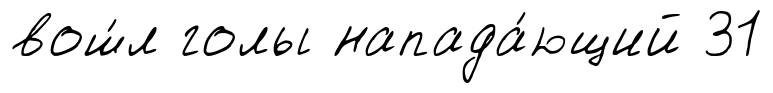
вош́л голы напада́ющий 31